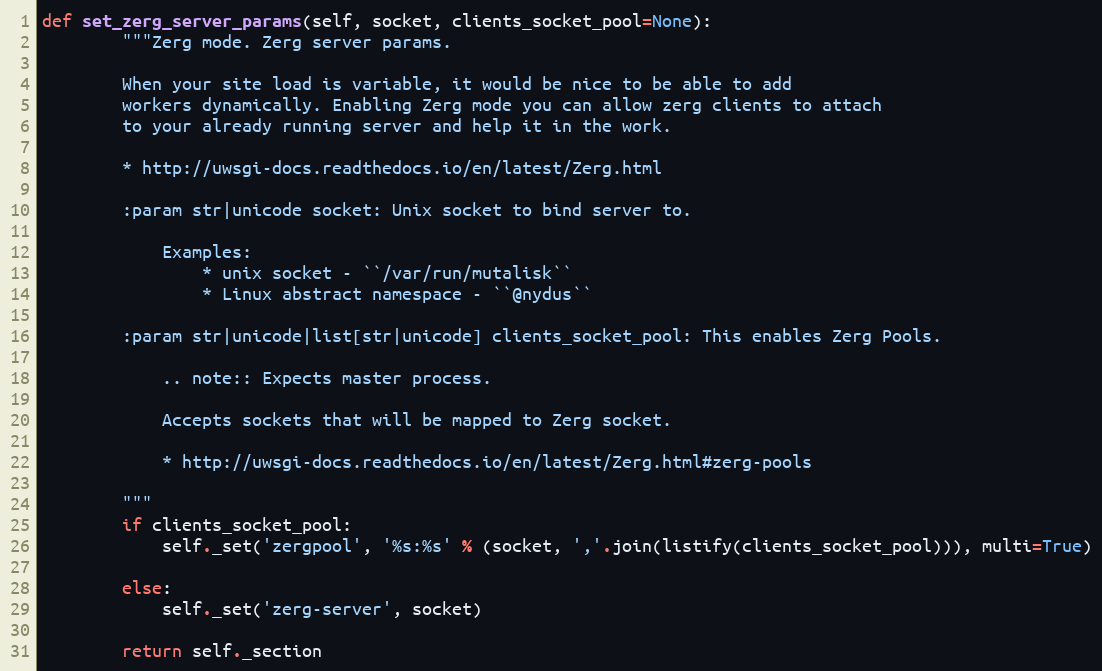
Language: Python
def set_zerg_server_params(self, socket, clients_socket_pool=None):
        """Zerg mode. Zerg server params.

        When your site load is variable, it would be nice to be able to add
        workers dynamically. Enabling Zerg mode you can allow zerg clients to attach
        to your already running server and help it in the work.

        * http://uwsgi-docs.readthedocs.io/en/latest/Zerg.html

        :param str|unicode socket: Unix socket to bind server to.

            Examples:
                * unix socket - ``/var/run/mutalisk``
                * Linux abstract namespace - ``@nydus``

        :param str|unicode|list[str|unicode] clients_socket_pool: This enables Zerg Pools.

            .. note:: Expects master process.

            Accepts sockets that will be mapped to Zerg socket.

            * http://uwsgi-docs.readthedocs.io/en/latest/Zerg.html#zerg-pools

        """
        if clients_socket_pool:
            self._set('zergpool', '%s:%s' % (socket, ','.join(listify(clients_socket_pool))), multi=True)

        else:
            self._set('zerg-server', socket)

        return self._section